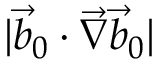
| \vec { b } _ { 0 } \cdot \vec { \nabla } \vec { b } _ { 0 } |